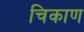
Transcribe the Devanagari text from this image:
चिकाण